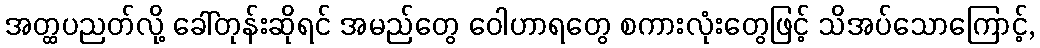
အတ္ထပညတ်လို့ ခေါ်တုန်းဆိုရင် အမည်တွေ ဝေါဟာရတွေ စကားလုံးတွေဖြင့် သိအပ်သောကြောင့်,